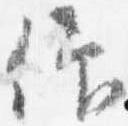
仰